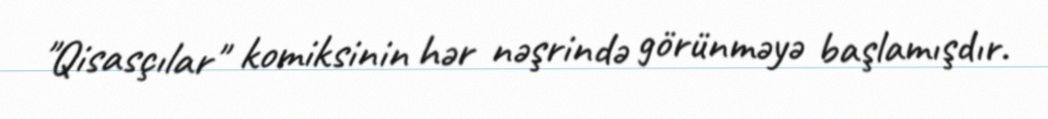
"Qisasçılar" komiksinin hər nəşrində görünməyə başlamışdır.